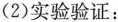
(2)实验验证：